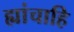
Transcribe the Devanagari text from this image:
ह्यांचाहि